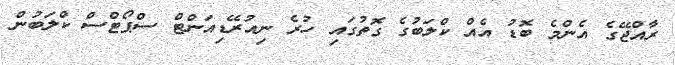
ރާއްޖޭގެ އެންމެ ބޮޑު އެއް ކްލަބުގެ ގޮތުގައި ހުރެ ނިއުރޭޑިއަންޓް ސްޕޯޓްސް ކްލަބުން